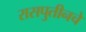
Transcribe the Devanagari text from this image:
रासपुतीनचे